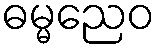
ဓမ္မညေဝ